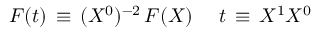
{ \cal F } ( t ) \, \equiv \, ( X ^ { 0 } ) ^ { - 2 } \, F ( X ) \, \quad \, t \, \equiv \, { \o { X ^ { 1 } } { X ^ { 0 } } }